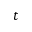
t